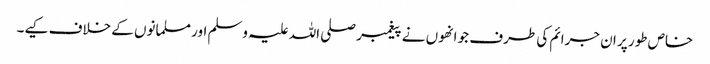
خاص طور پر ان جرائم کی طرف جو انھوں نے پیغمبر صلی اللہ علیہ وسلم اور مسلمانوں کے خلاف کیے۔